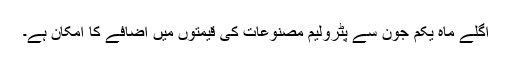
اگلے ماہ یکم جون سے پٹرولیم مصنوعات کی قیمتوں میں اضافے کا امکان ہے۔